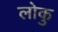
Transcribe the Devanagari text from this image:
लोकु